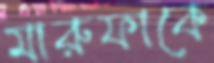
মারুফাকে